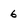
Character: 6